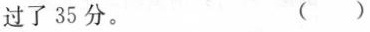
过了35分。 ( )